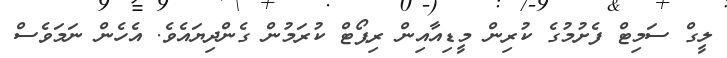
ލީގް ސަމިޓް ފެށުމުގެ ކުރިން މީޑިއާއިން ރިޕޯޓް ކުރަމުން ގެންދިޔައެވެ. އެހެން ނަމަވެސް